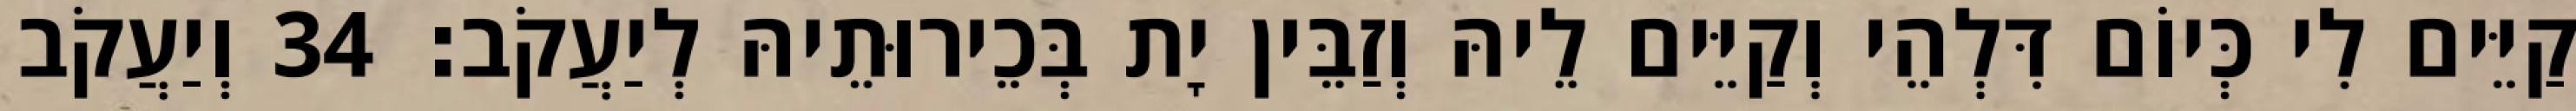
קַיֵּים לִי כְּיוֹם דִּלְהֵי וְקַיֵּים לֵיהּ וְזַבֵּין יָת בְּכֵירוּתֵיהּ לְיַעֲקֹב׃ 34 וְיַעֲקֹב